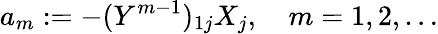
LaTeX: a_{m}:=-(Y^{m-1})_{1j}X_{j},\quad m=1,2,\dots